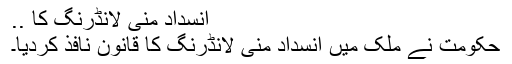
انسداد منی لانڈرنگ کا ..
حکومت نے ملک میں انسداد منی لانڈرنگ کا قانون نافذ کردیا۔